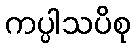
ကပ္ပါသပိစု